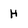
Character: H